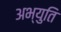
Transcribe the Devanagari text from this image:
अभ्युति